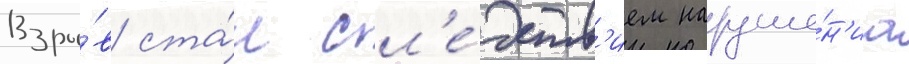
Взры́в ста́л сл'е́дств'ием наруше́н'иа